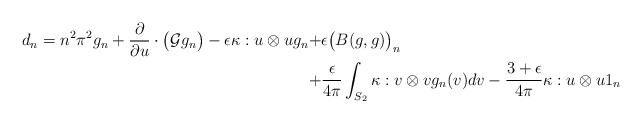
\begin{align*}d_n = n^2\pi^2g_n+\dfrac \partial {\partial u} \cdot \big(\mathcal{G}g_n\big)-\epsilon \kappa:u \otimes u g_n+&\epsilon \big(B(g, g)\big)_n\\+&\dfrac{\epsilon}{4\pi}\int_{S_2}\kappa:v \otimes v g_n(v) dv-\dfrac{3+\epsilon}{4\pi}\kappa:u \otimes u 1_n\end{align*}